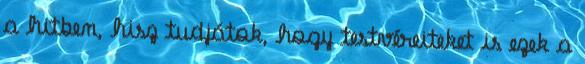
a hitben, hisz tudjátok, hogy testvéreiteket is ezek a